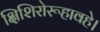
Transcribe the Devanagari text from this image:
क्षिशिरोरूहावहे।